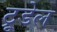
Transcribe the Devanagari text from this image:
ट्रूडेल